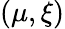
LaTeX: \left(\mu,\xi\right)